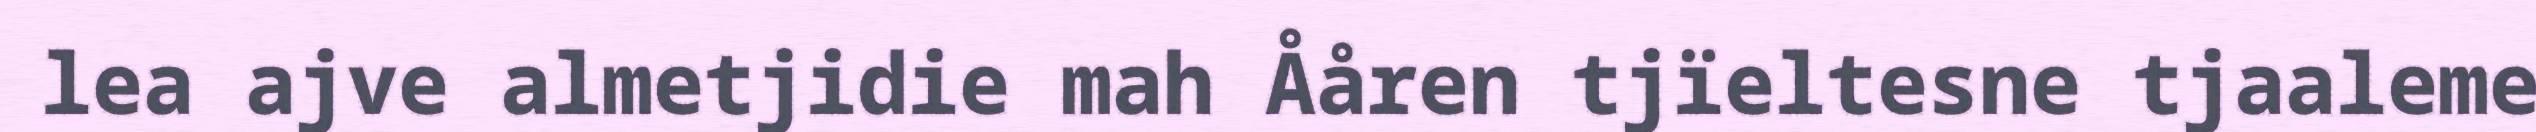
lea ajve almetjidie mah Ååren tjïeltesne tjaaleme